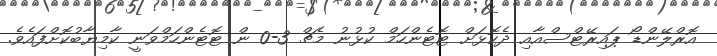
އޮރްލޭންޑޯ ޕައިރޭޓްސްއާއި ދެކޮޅަށް ޓޮޓެންހަމް ކުޅުނު މެޗް 3-0 ން ޓޮޓެންހަމްވަނީ ކާމިޔާބުކޮށްފައެވެ.